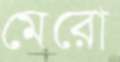
মেরো